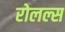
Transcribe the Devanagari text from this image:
रोलल्स